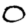
Digit: 0